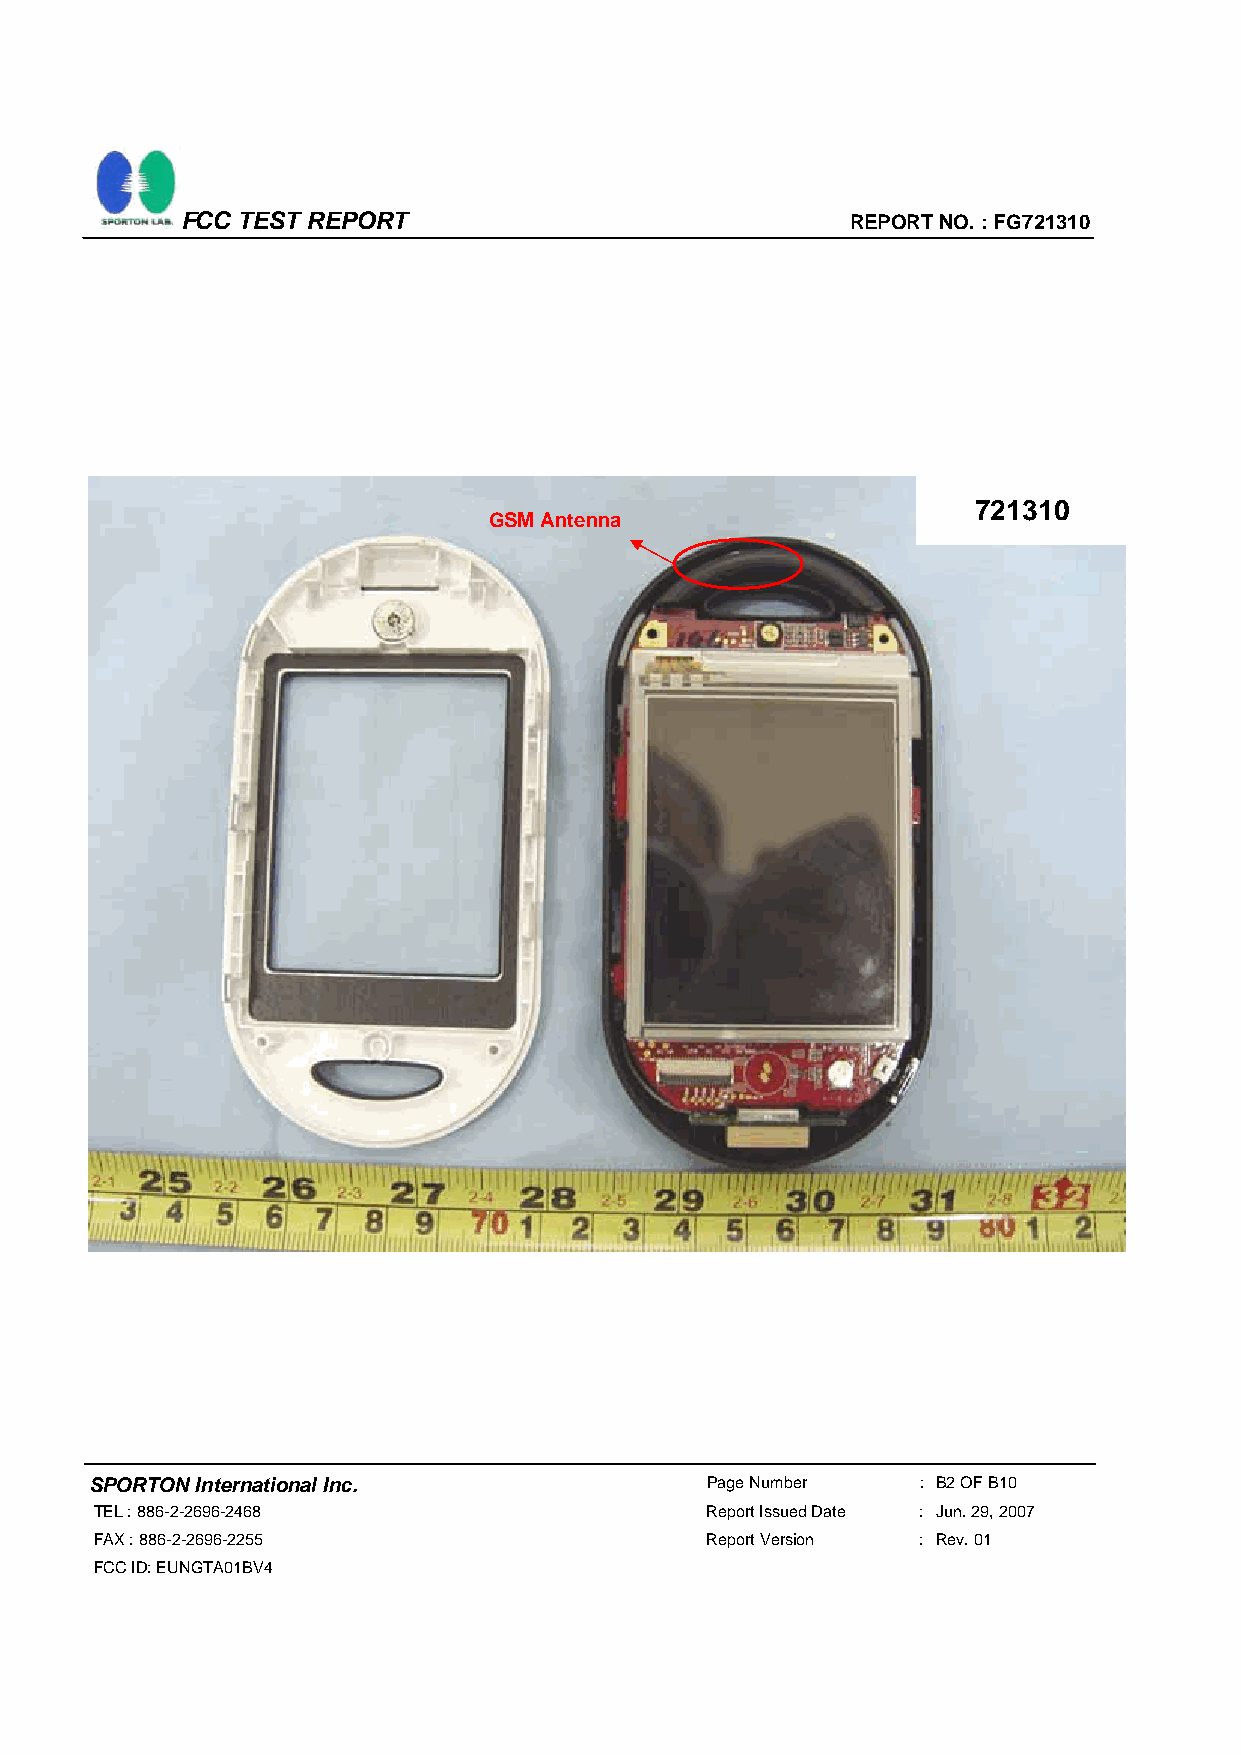
FCC TEST REPORT                             REPORT NO. : FG721310
 721310
 GSM Antenna
 SPORTON International Inc.               Page Number   : B2 OF B10
 TEL : 886-2-2696-2468                    Report Issued Date : Jun. 29, 2007
 FAX : 886-2-2696-2255                    Report Version : Rev. 01
 FCC ID: EUNGTA01BV4